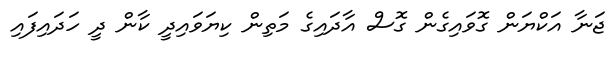
ޖަނާ އަކްޔަން ގޮވައިގެން ގޮސް އާދައިގެ މަތިން ކިޔަވައިދީ ކާން ދީ ހަދައިފައި